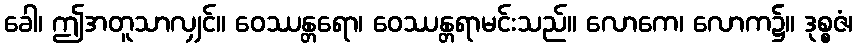
ခေါ၊ ဤအတူသာလျှင်။ ဝေဿန္တရော၊ ဝေဿန္တရာမင်းသည်။ လောကေ၊ လောက၌။ ဒုစ္စဇံ၊